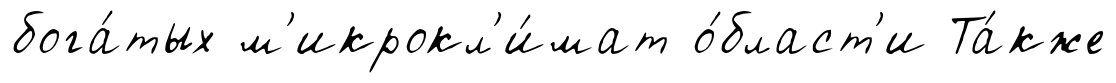
бога́тых м'икрокл'и́мат о́бласт'и Та́кже